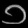
Digit: ၁